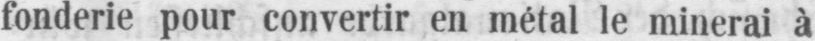
fonderie pour convertir en métal le minerai à